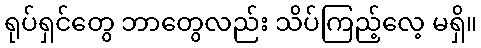
ရုပ်ရှင်တွေ ဘာတွေလည်း သိပ်ကြည့်လေ့ မရှိ။